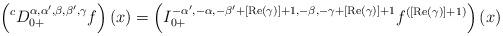
LaTeX: \begin{align*}\left({}^{c}D_{0+}^{\alpha,\alpha',\beta,\beta',\gamma}f\right)(x)=\left(I_{0+}^{-\alpha',-\alpha,-\beta'+[\operatorname{Re}(\gamma)]+1,-\beta,-\gamma+[\operatorname{Re}(\gamma)]+1}f^{([\operatorname{Re}(\gamma)]+1)}\right)(x)\end{align*}